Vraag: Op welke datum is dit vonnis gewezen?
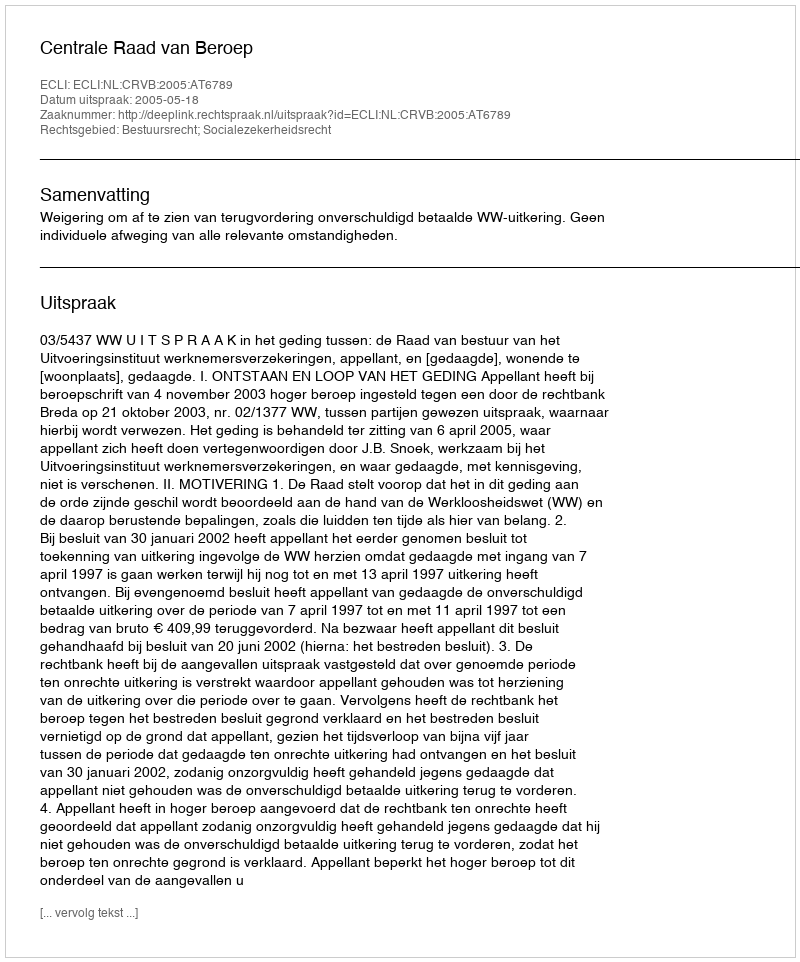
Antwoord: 2005-05-18